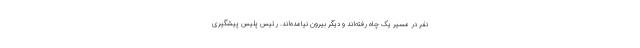
نفر در مسیر یک چاه رفته‌اند و دیگر بیرون نیامده‌اند. رئیس پلیس پیشگیری